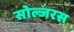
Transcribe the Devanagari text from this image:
सोल्जरस